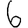
Digit: 6